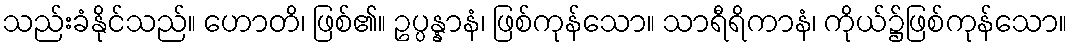
သည်းခံနိုင်သည်။ ဟောတိ၊ ဖြစ်၏။ ဥပ္ပန္နာနံ၊ ဖြစ်ကုန်သော။ သာရီရိကာနံ၊ ကိုယ်၌ဖြစ်ကုန်သော။